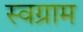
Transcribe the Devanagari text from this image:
स्वग्राम